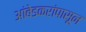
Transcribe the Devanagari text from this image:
आंबेडकरांपासून